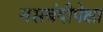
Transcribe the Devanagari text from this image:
नसबंदीपेक्षा